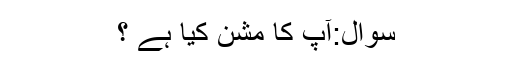
سوال:آپ کا مشن کیا ہے ؟